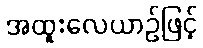
အထူးလေယာဉ်ဖြင့်